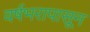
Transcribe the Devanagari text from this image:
वर्षभरापासून